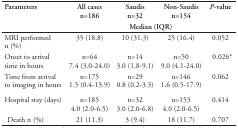
| <ROWSPAN=2> Parameters | All cases n=186 | Saudis n=32 | Non-Saudis n=154 | P-value |
 | <COLSPAN=4> Median (IQR) |
 | --- | --- | --- | --- | --- |
 | MRI performed n (%) | 35 (18.8) | 10 (31.3) | 25 (16.4) | 0.052 |
 | Onset to arrival time in hours | n=64 7.4 (3.0-24.0) | n=14 3.0 (1.8-9.1) | n=50 9.0 (4.1-24.0) | 0.026* |
 | Time from arrival to imaging in hours | n=175 1.5 (0.4-13.9) | n=29 0.8 (0.2-3.3) | n=146 1.6 (0.5-17.9) | 0.062 |
 | Hospital stay (days) | n=185 4.0 (2.0-6.5) | n=32 3.0 (2.0-6.8) | n=153 4.0 (2.0-6.5) | 0.414 |
 | Death n (%) | 21 (11.3) | 3 (9.4) | 18 (11.7) | 0.707 |